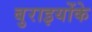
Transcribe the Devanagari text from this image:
बुराइयोंके